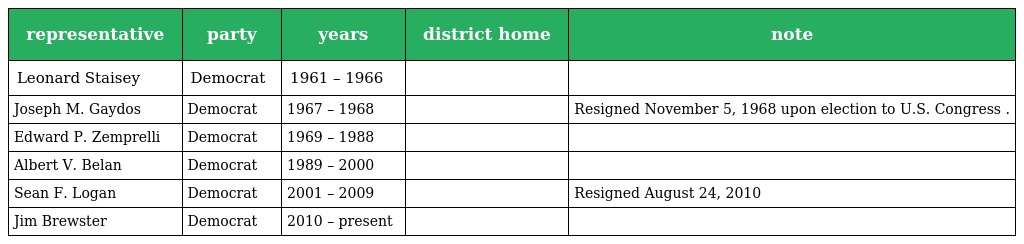
| representative | party | years | district home | note |
 | --- | --- | --- | --- | --- |
 | Leonard Staisey | Democrat | 1961 – 1966 |  |  |
 | Joseph M. Gaydos | Democrat | 1967 – 1968 |  | Resigned November 5, 1968 upon election to U.S. Congress . |
 | Edward P. Zemprelli | Democrat | 1969 – 1988 |  |  |
 | Albert V. Belan | Democrat | 1989 – 2000 |  |  |
 | Sean F. Logan | Democrat | 2001 – 2009 |  | Resigned August 24, 2010 |
 | Jim Brewster | Democrat | 2010 – present |  |  |